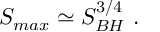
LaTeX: S _ { m a x } \simeq S _ { B H } ^ { 3 / 4 } \ .